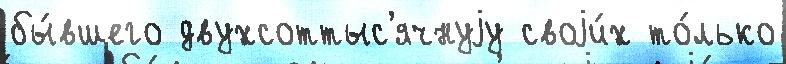
бы́вшего двухсоттыс'ячнуjу своjи́х то́лько